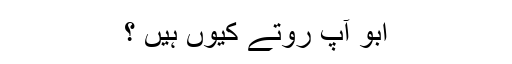
ابو آپ روتے کیوں ہیں ؟